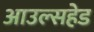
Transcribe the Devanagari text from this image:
आउल्सहेड